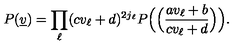
P ( \underline { { v } } ) = \prod _ { \ell } ( c v _ { \ell } + d ) ^ { 2 j _ { \ell } } P \Big ( \Big ( \frac { a v _ { \ell } + b } { c v _ { \ell } + d } \Big ) \Big ) .